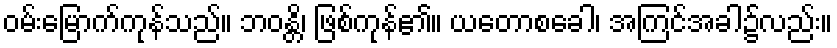
ဝမ်းမြောက်ကုန်သည်။ ဘဝန္တိ၊ ဖြစ်ကုန်၏။ ယတောစခေါ၊ အကြင်အခါ၌လည်း။